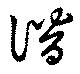
譛